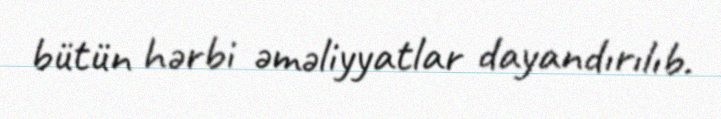
bütün hərbi əməliyyatlar dayandırılıb.